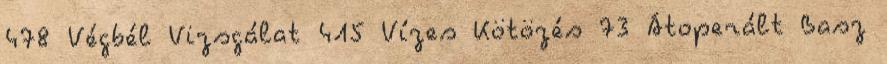
478 Végbél Vizsgálat 415 Vízes Kötözés 73 Átoperált Basz